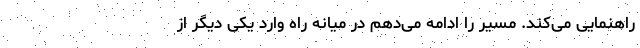
راهنمایی می‌کند. مسیر را ادامه می‌دهم در میانه راه وارد یکی دیگر از